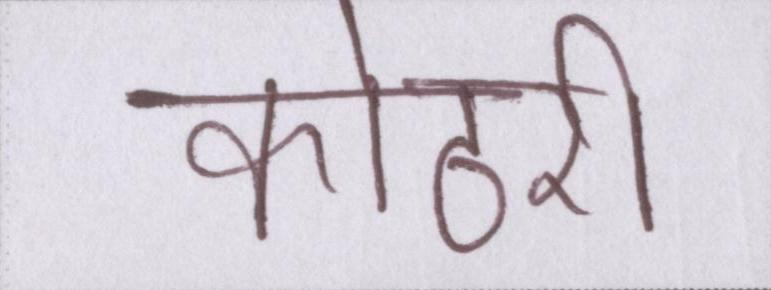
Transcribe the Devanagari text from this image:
कोठरी